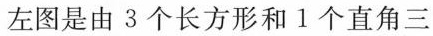
左图是由3个长方形和1个直角三